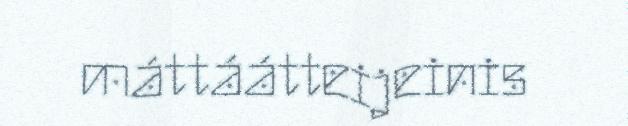
máttáátteijeinis